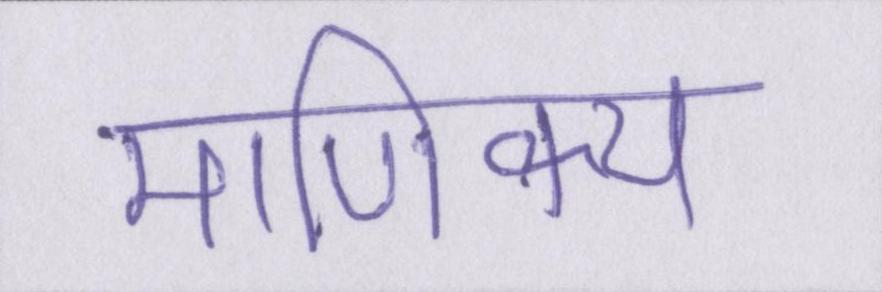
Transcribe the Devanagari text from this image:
माणिक्य